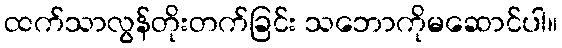
ထက်သာလွန်တိုးတက်ခြင်း သဘောကိုမဆောင်ပါ။